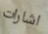
اشارات